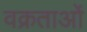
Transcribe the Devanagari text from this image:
वक्रताओं